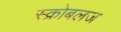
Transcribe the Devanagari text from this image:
स्क्रोबलज